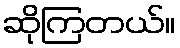
ဆိုကြတယ်။